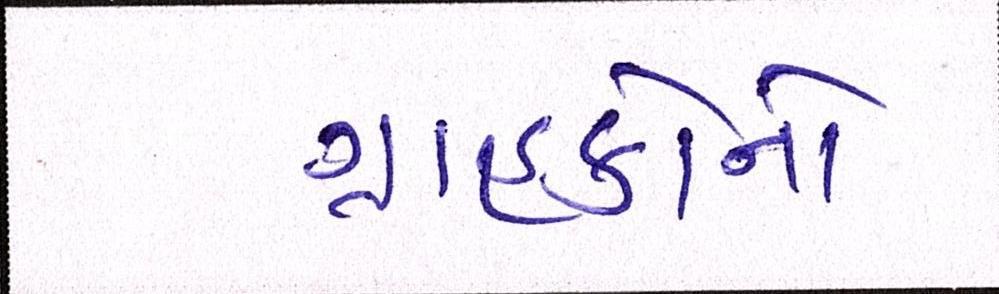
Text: ગ્રાહકોનો